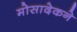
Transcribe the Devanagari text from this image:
मोसादेकने